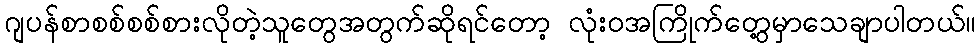
ဂျပန်စာစစ်စစ်စားလိုတဲ့သူတွေအတွက်ဆိုရင်တော့ လုံးဝအကြိုက်တွေ့မှာသေချာပါတယ်။